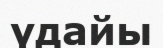
үдайы